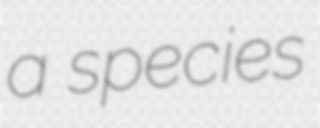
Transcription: a species